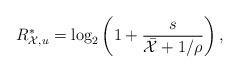
LaTeX: \begin{align*} R_{\mathcal{X},u}^* = \log_2\left( 1 + \frac{s}{\bar{\mathcal{X}} + 1/\rho} \right), \end{align*}